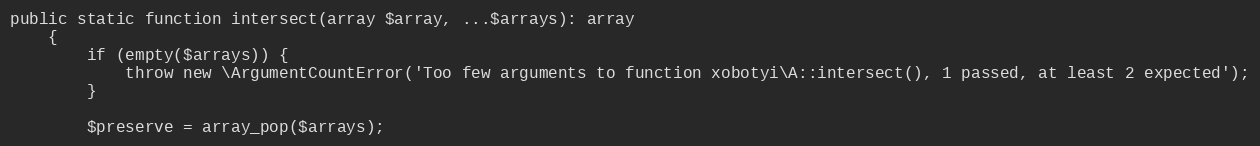
Language: PHP
public static function intersect(array $array, ...$arrays): array
    {
        if (empty($arrays)) {
            throw new \ArgumentCountError('Too few arguments to function xobotyi\A::intersect(), 1 passed, at least 2 expected');
        }

        $preserve = array_pop($arrays);